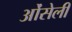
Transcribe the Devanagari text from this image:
ओंसेली